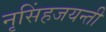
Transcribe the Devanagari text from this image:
नृसिंहजयन्ती